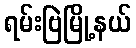
ရမ်းဗြဲမြို့နယ်